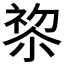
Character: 𭕋